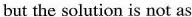
but the solution is not as